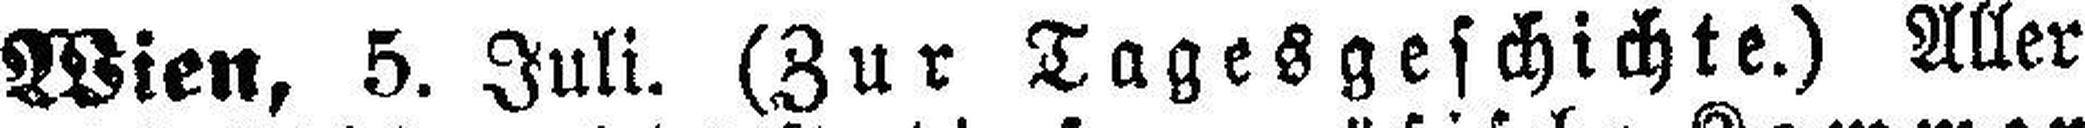
Wien, 5. Juli. (Zur Tagesgeschichte.) Aller